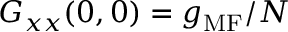
G _ { x x } ( 0 , 0 ) = g _ { \mathrm { M F } } / N